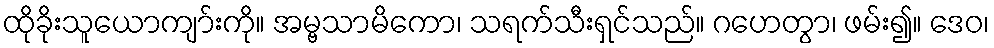
ထိုခိုးသူယောကျာ်းကို။ အမ္ဗသာမိကော၊ သရက်သီးရှင်သည်။ ဂဟေတွာ၊ ဖမ်း၍။ ဒေဝ၊